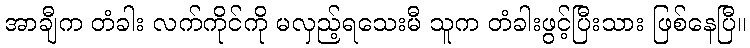
အာချီက တံခါး လက်ကိုင်ကို မလှည့်ရသေးမီ သူက တံခါးဖွင့်ပြီးသား ဖြစ်နေပြီ။